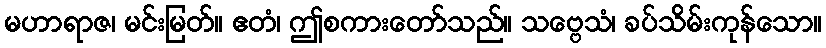
မဟာရာဇ၊ မင်းမြတ်။ ဧတံ၊ ဤစကားတော်သည်။ သဗ္ဗေသံ၊ ခပ်သိမ်းကုန်သော။